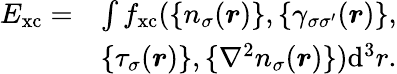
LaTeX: \begin{array}{rl}{E_{\mathrm{xc}}=}&{\int f_{\mathrm{xc}}(\{ n_{\sigma}(\boldsymbol{r})\} ,\{ \gamma_{\sigma\sigma^{\prime}}(\boldsymbol{r})\} ,}\\ &{\{ \tau_{\sigma}(\boldsymbol{r})\} ,\{ \nabla^{2}n_{\sigma}(\boldsymbol{r})\} )\mathrm{d}^{3}r.}\end{array}